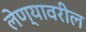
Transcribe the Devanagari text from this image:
लेण्यावरील